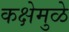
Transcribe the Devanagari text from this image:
कक्षेमुळे